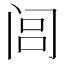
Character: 闾